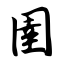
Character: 圉